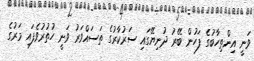
ވަނީ އިންތިހާބުގެ ފަހުން ބޭރު ދުނިޔޭގައި ސަރުކާރުގެ ތަސައްވަރު ވަނީ ހުތުރުވެފައި މަރުގެ